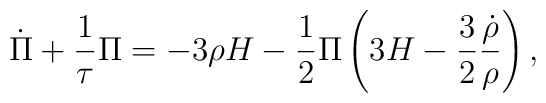
\dot \Pi + \frac1{\tau} \Pi = -3\rho H - \frac12 \Pi \left( 3H -\frac32 \frac{\dot \rho}{\rho} \right),